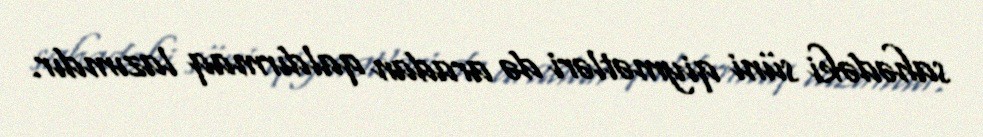
sahədəki süni qiymətləri də aradan qaldırmaq lazımdır.